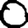
Digit: 0